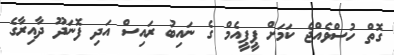
ގޮތް ހުސްވެއްޖެ ކަމަށް ޕީޕީއެމް ގެ ނައިބު ރައިސް އަދި ފޮނަދޫ ދާއިރާގެ